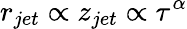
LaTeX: r_{jet}\propto z_{jet}\propto\tau^{\alpha}